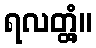
ရလတ္တံ့။